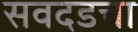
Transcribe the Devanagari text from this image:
सवदडचा